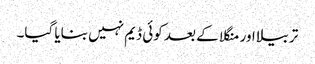
تربیلا اور منگلا کے بعد کوئی ڈیم نہیں بنایا گیا۔